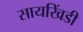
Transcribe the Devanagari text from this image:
सायखिंडी